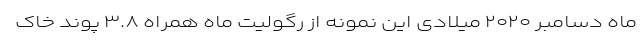
ماه دسامبر ۲۰۲۰ میلادی این نمونه از رگولیت ماه همراه ۳.۸ پوند خاک